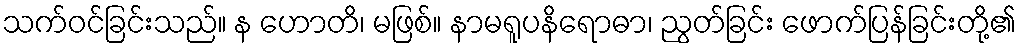
သက်ဝင်ခြင်းသည်။ န ဟောတိ၊ မဖြစ်။ နာမရူပနိရောဓာ၊ ညွတ်ခြင်း ဖောက်ပြန်ခြင်းတို့၏